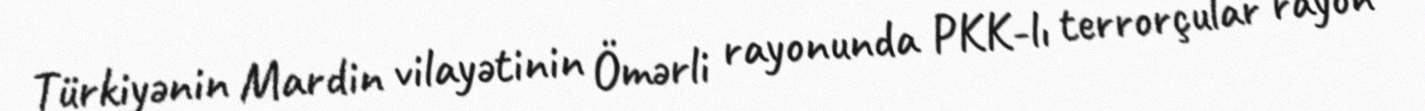
Türkiyənin Mardin vilayətinin Ömərli rayonunda PKK-lı terrorçular rayon